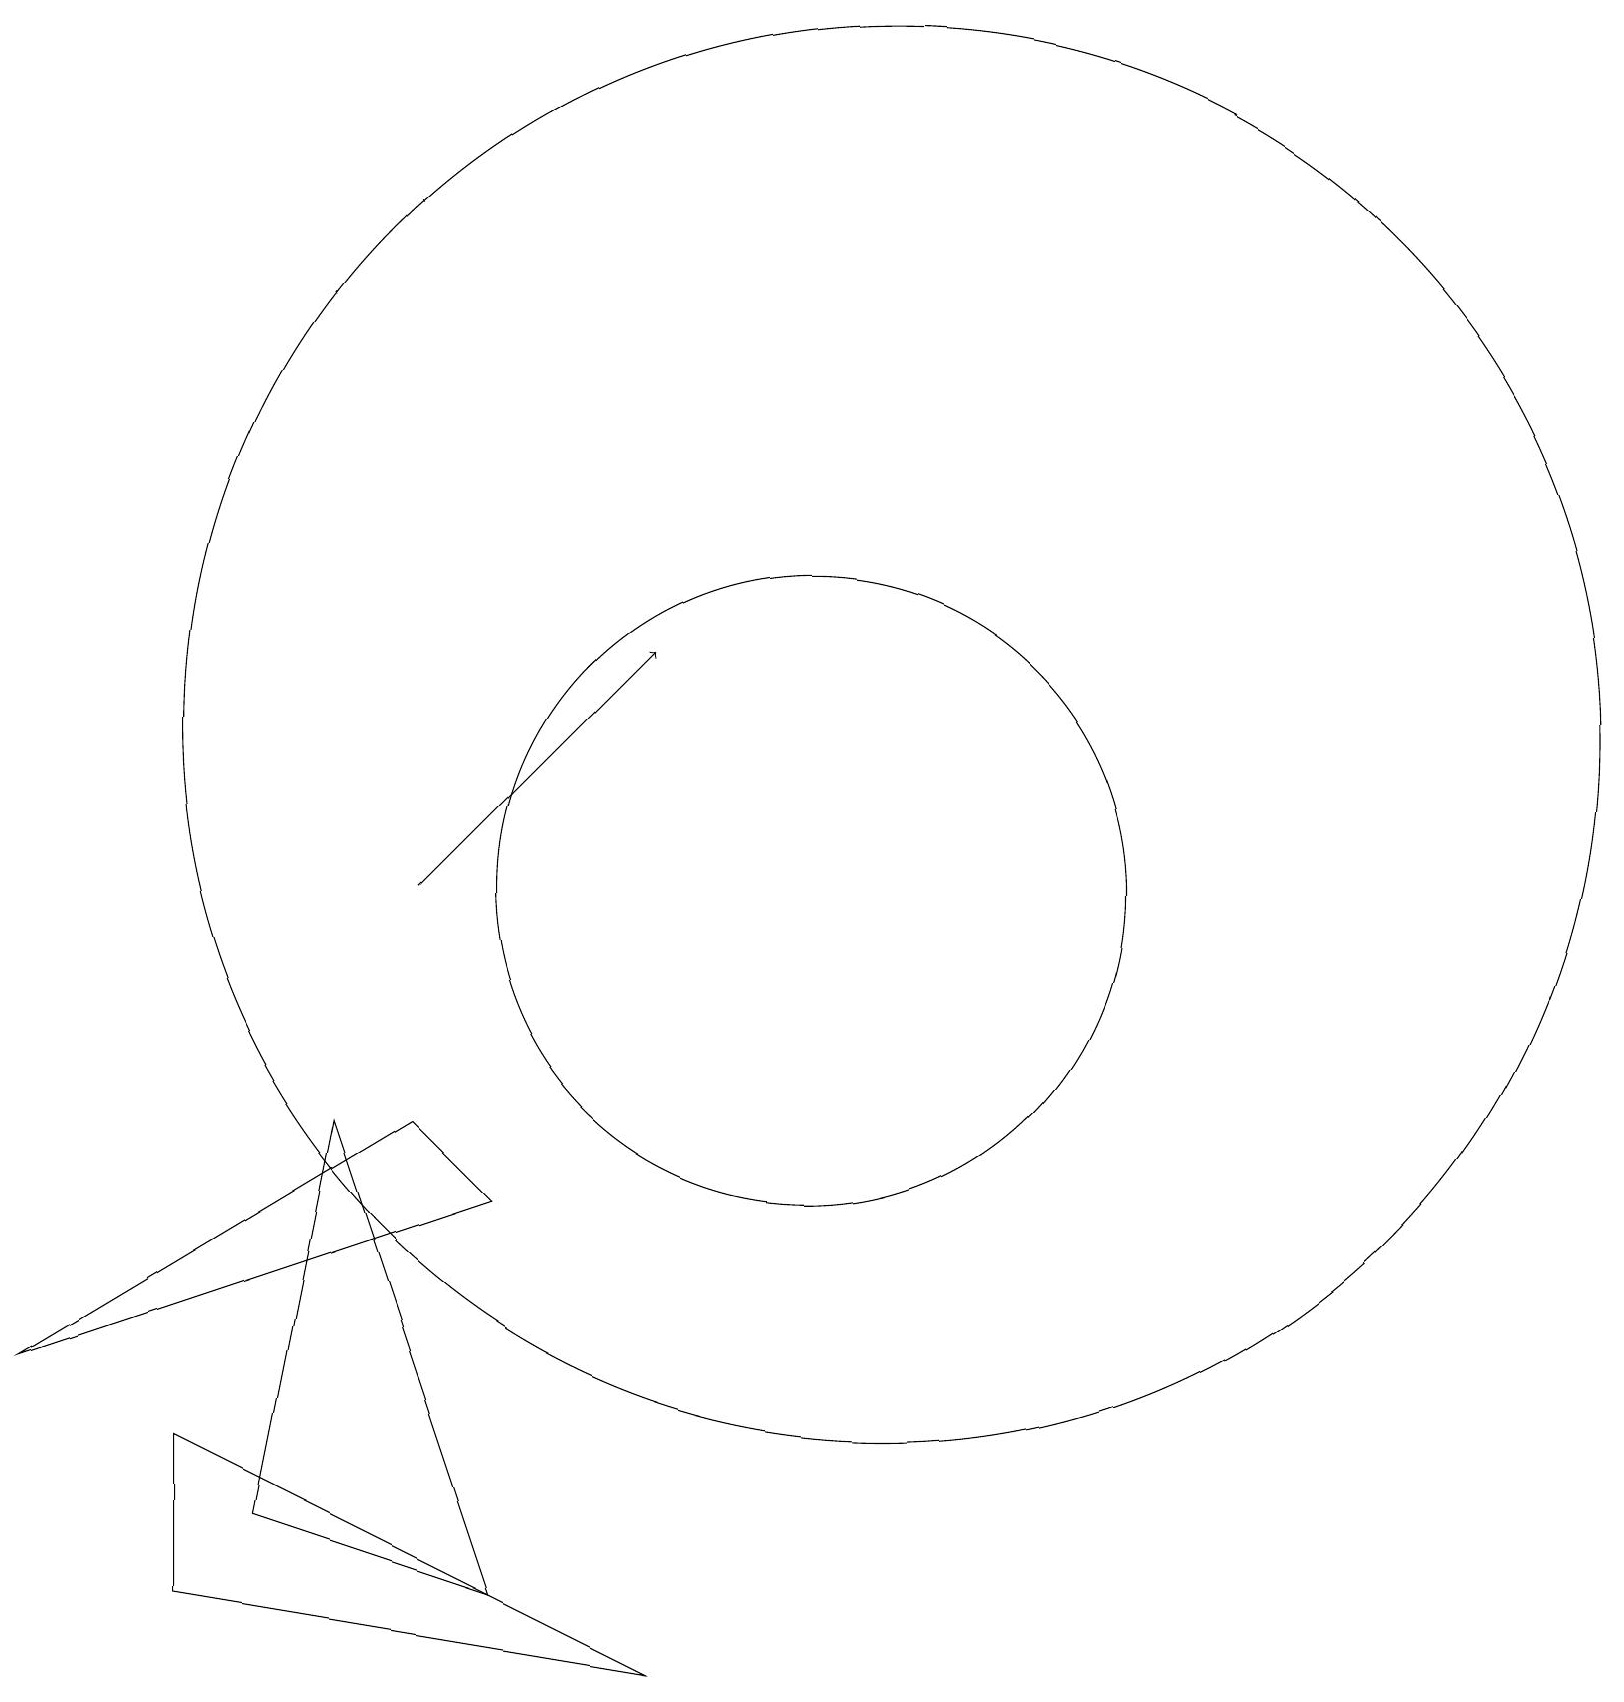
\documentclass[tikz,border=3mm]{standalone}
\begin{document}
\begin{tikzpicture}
\draw (6,6) -- (5,7) -- (0,4) -- cycle;
\draw[->] (5,10) -- (8,13);
\draw (2,3) -- (2,1) -- (8,0) -- cycle;
\draw (6,1) -- (4,7) -- (3,2) -- cycle;
\draw (11,12) circle (9);
\draw (10,10) circle (4);
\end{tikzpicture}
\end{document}